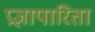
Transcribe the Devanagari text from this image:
प्रज्ञापारिता